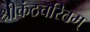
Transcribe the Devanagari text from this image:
श्रीकंठचरितम्‌